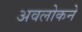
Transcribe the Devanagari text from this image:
अवलोकने